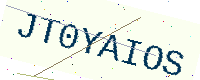
Text: JT0YAIOS